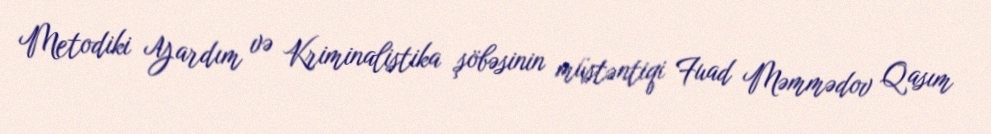
Metodiki Yardım və Kriminalistika şöbəsinin müstəntiqi Fuad Məmmədov Qasım